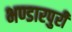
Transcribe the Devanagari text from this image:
भण्डारपुरी